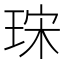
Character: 𤥤